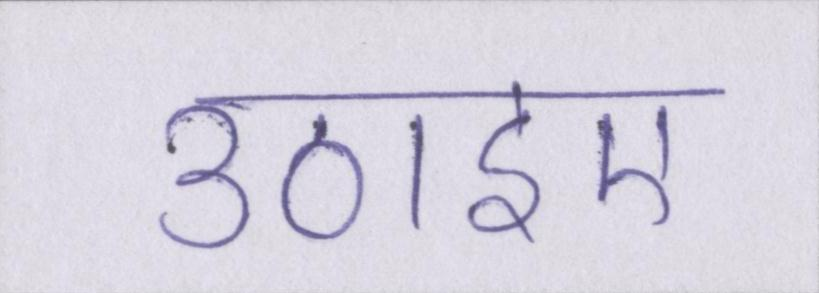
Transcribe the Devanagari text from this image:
उठाइए